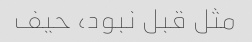
مثل قبل نبود، حیف